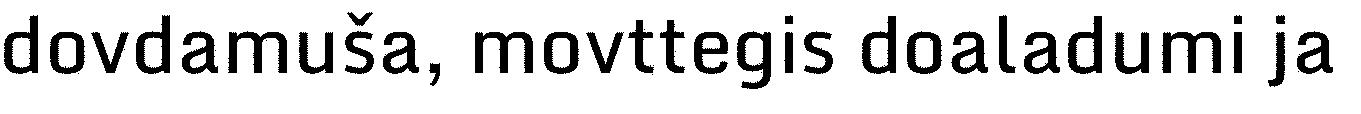
dovdamuša, movttegis doaladumi ja